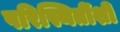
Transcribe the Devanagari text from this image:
परिस्थितींशी